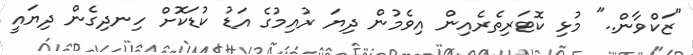
"ޒަކްވާން.." މުޅި ކޮޓަރިތެރެއިން އިވެމުން ދިޔަ ރުއިމުގެ އަޑު ކުޑަކޮށް ހިނދިގެން ދިޔައީ